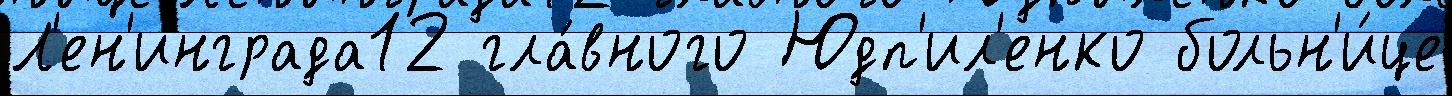
Л'ен'инграда12 гла́вного Юдп'ил'енко больн'и́це